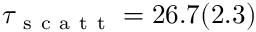
\tau _ { \mathrm { ~ s ~ c ~ a ~ t ~ t ~ } } = 2 6 . 7 ( 2 . 3 )